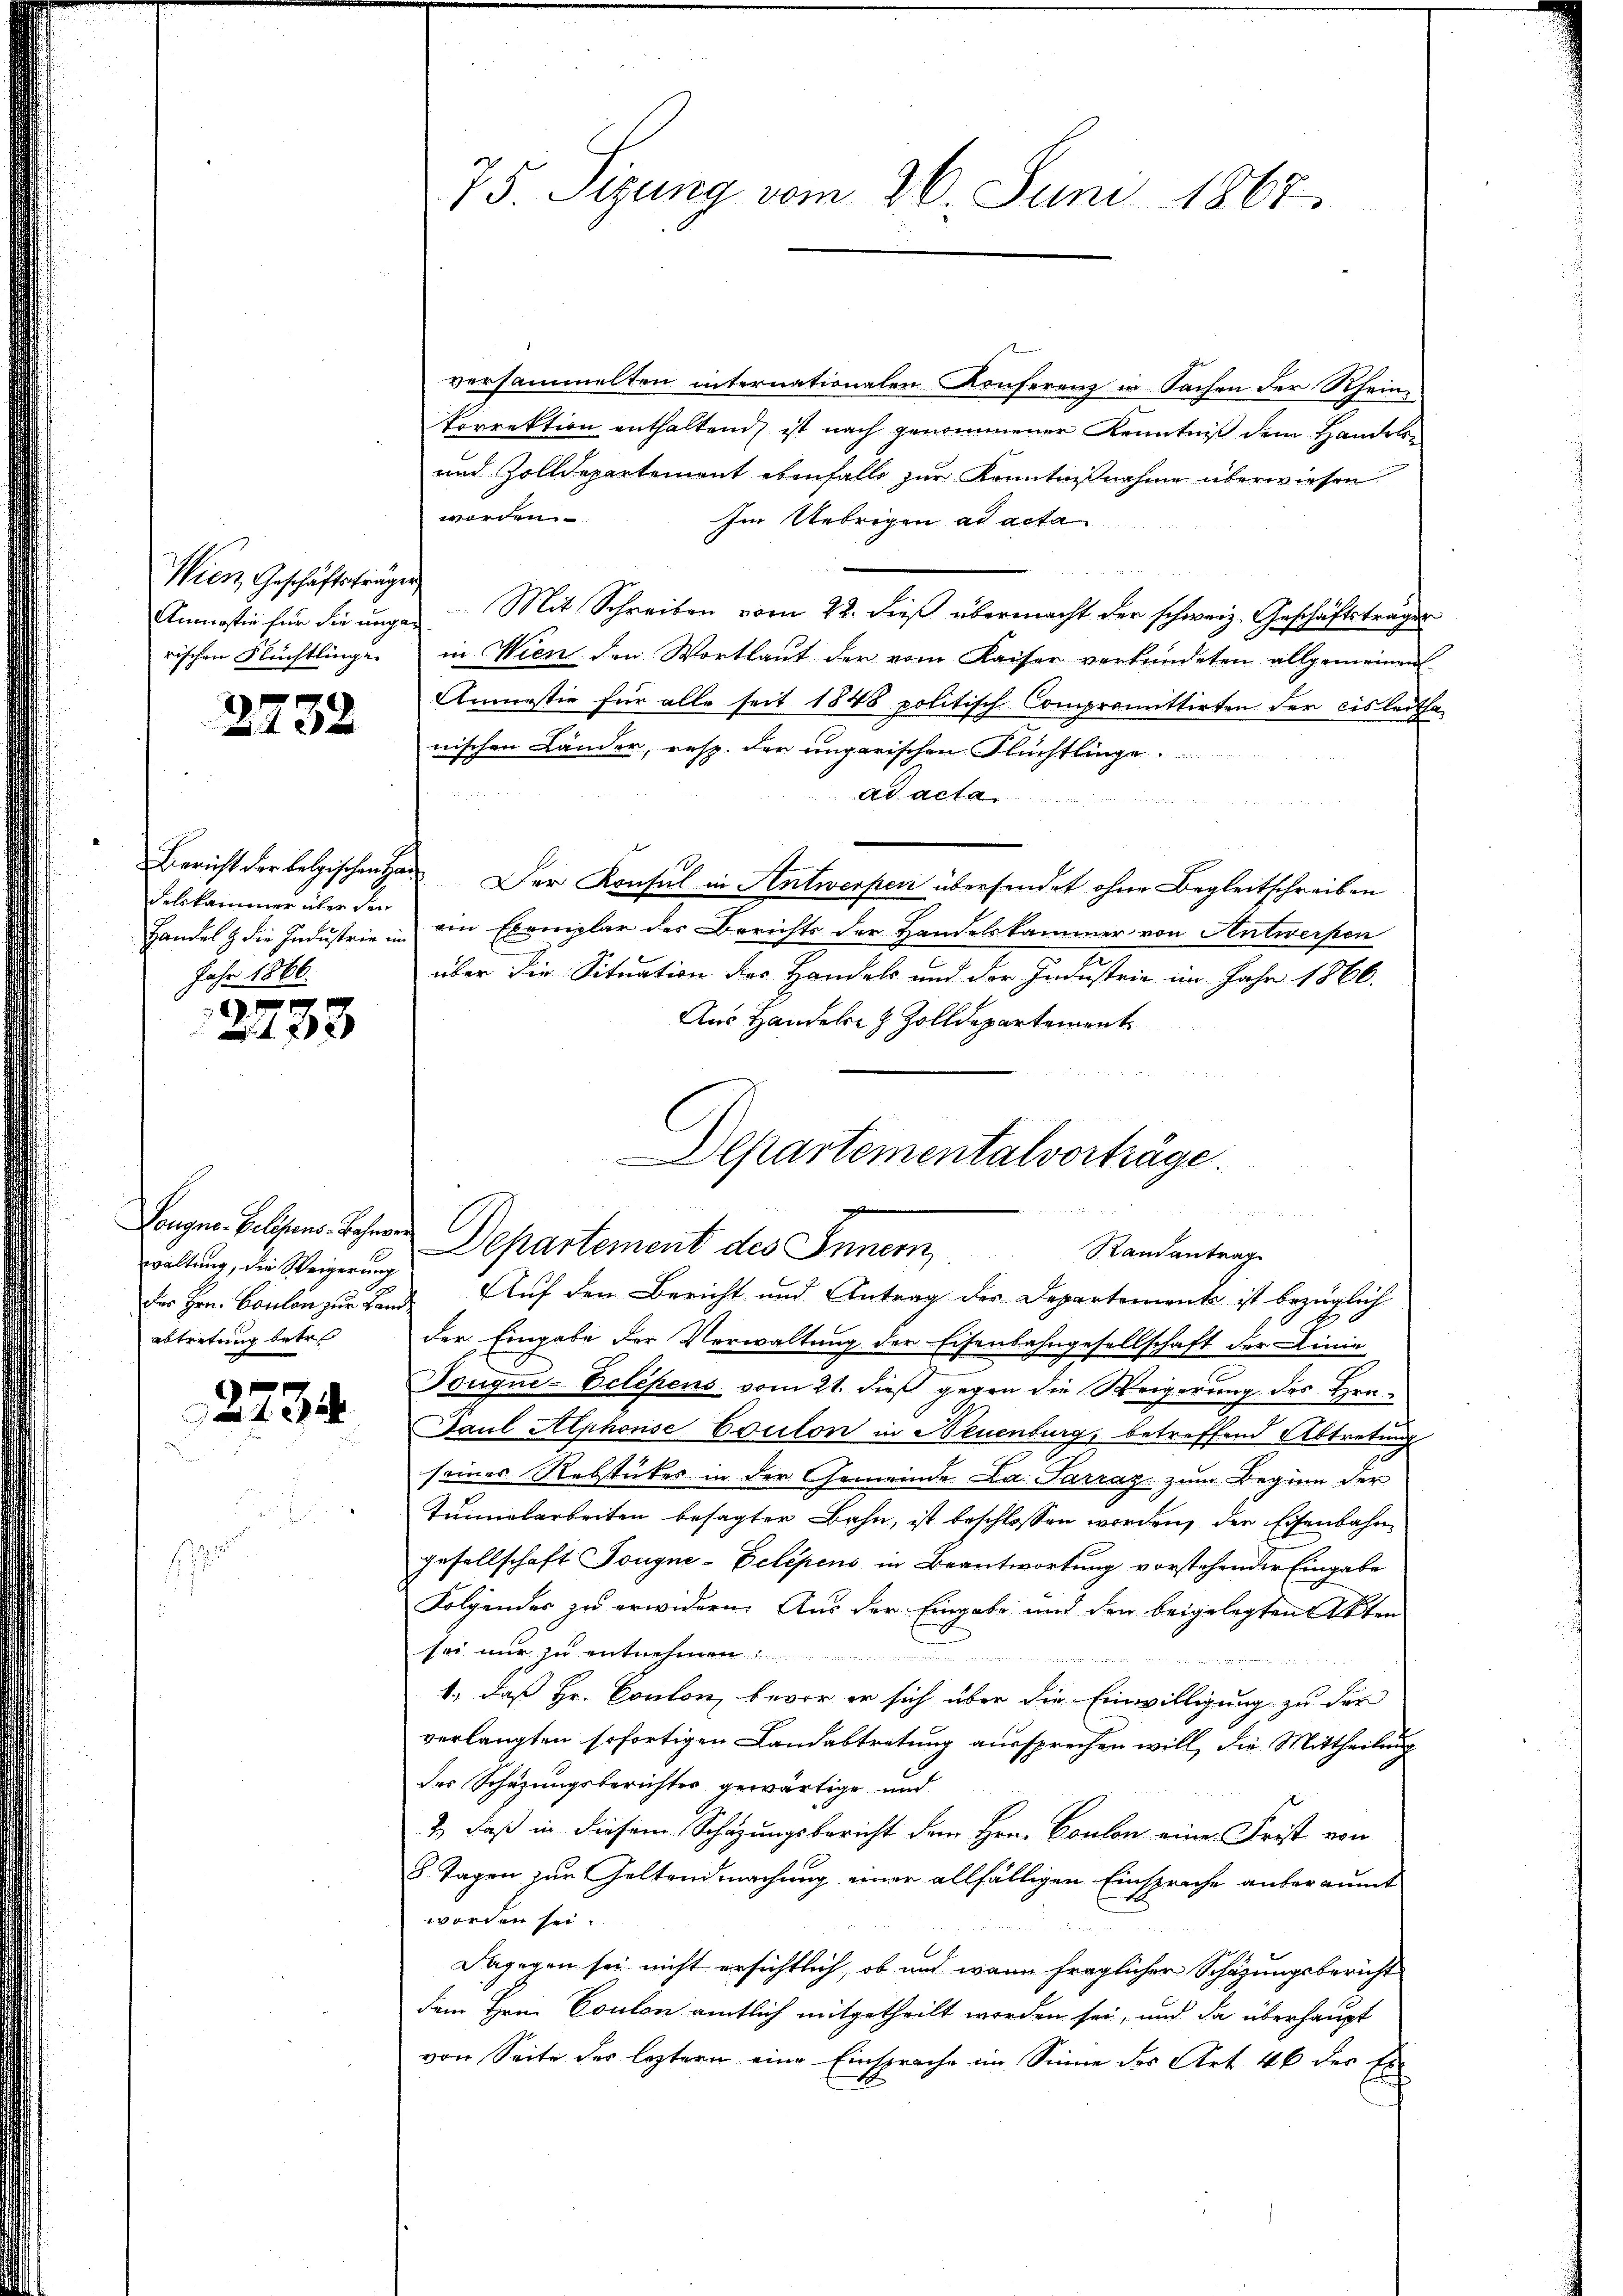
Wien Geschäftsträger
rischen Flüchtlinge

2732

delskammer über den
Jahr 1866.

122

waltung, die Weigerung
abtretung betre

2734

75. Sizung vom 26. Juni 1867.

versammelten internationalen Konferenz in Sachen der Rhein-
korrektion enthaltend, ist nach genommener Kenntniß dem Handels¬
und Zolldepartement ebenfalls zur Kenntnißnahme überwiesen.
worden.
Im Uebrigen ad acta
u
Anmassie für die ungen Mit Schreiben vom 22. dieß übermacht der schweiz. Geschäftsträger
in Wien den Wortlaut der vom Kaiser verkündeten allgemeinen
Anmastie für alle seit 1848 politisch Compromittirten der cisleitha-
nischen Länder, resp. der ungarischen Flüchtlinge.
Ad acta
Bericht der belgischen Der Konsul in Antwerpen übersendet ohne Begleitschreiben
Handel & die Industrie in ein Exemplar des Berichts der Handelskammer von Antwerpen
über die Situation des Handels und der Industrie im Jahr 1866.
Aus Handele & Zolldepartement
der Eingabe der Verwaltung der Eisenbahngesellschaft der Linie
Tougne-Eclipens vom 21. dieß gegen die Weigerung des Gra¬
Paul Alphonse Coulon in Neuenburg, betreffend Abtretung
seines Rebstückes in der Gemeinde Da. Sarraz zum Beginn der
Tunnelarbeiten besagter Bahn, ist beschlossen worden, der Eisenbahngesellschaft Tougne-Pelépens in Beantwortung vorstehender Eingabe
Folgendes zu erwidern. Aus der Eingabe und den beigelegten Akten
sei mir zu entnehmen
1., daß Hr. Conton, bevor er sich über die Einwilligung zu der
verlangten sofortigen Landabtretung aussprechen will, die Mittheilung
der Schüzungsberichter gewärtige und
2., daß in diesem Schazungsbericht dem Hrn. Coulon eine Frist von
8 Tagen zur Geltendmachung einer allfälligen Einsprache anberaumt
worden sei.
Dagegen sei nicht ersichtlich, ob und wann fraglicher Schazungsbericht
dem Hrn. Conton amtlich mitgetheilt worden sei, und da überhaupt
von Seite des leztern eine Einsprache im Sinne des Art. 46 der Ei

Departementalvorträge.
e
u
Lougne. Gelegens Jahren Departement des Innern,
Randantrag
Der Hrn. Coulon zur Land. Auf den Bericht und Antrag der Departemente ist bezüglich